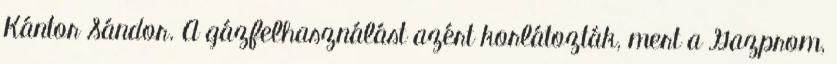
Kántor Sándor. A gázfelhasználást azért korlátozták, mert a Gazprom,